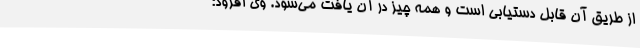
از طریق آن قابل دستیابی است و همه چیز در آن یافت می‌شود. وی افزود: